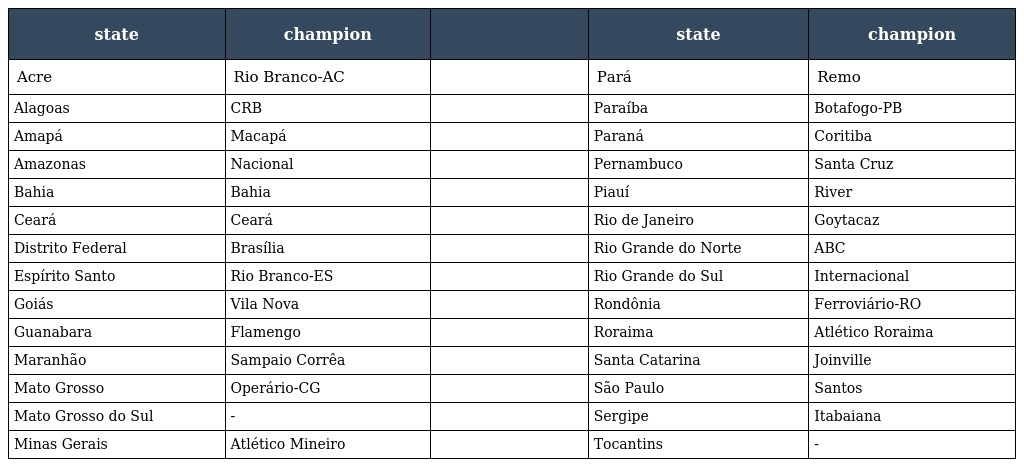
| state | champion |  | state | champion |
 | --- | --- | --- | --- | --- |
 | Acre | Rio Branco-AC |  | Pará | Remo |
 | Alagoas | CRB |  | Paraíba | Botafogo-PB |
 | Amapá | Macapá |  | Paraná | Coritiba |
 | Amazonas | Nacional |  | Pernambuco | Santa Cruz |
 | Bahia | Bahia |  | Piauí | River |
 | Ceará | Ceará |  | Rio de Janeiro | Goytacaz |
 | Distrito Federal | Brasília |  | Rio Grande do Norte | ABC |
 | Espírito Santo | Rio Branco-ES |  | Rio Grande do Sul | Internacional |
 | Goiás | Vila Nova |  | Rondônia | Ferroviário-RO |
 | Guanabara | Flamengo |  | Roraima | Atlético Roraima |
 | Maranhão | Sampaio Corrêa |  | Santa Catarina | Joinville |
 | Mato Grosso | Operário-CG |  | São Paulo | Santos |
 | Mato Grosso do Sul | - |  | Sergipe | Itabaiana |
 | Minas Gerais | Atlético Mineiro |  | Tocantins | - |